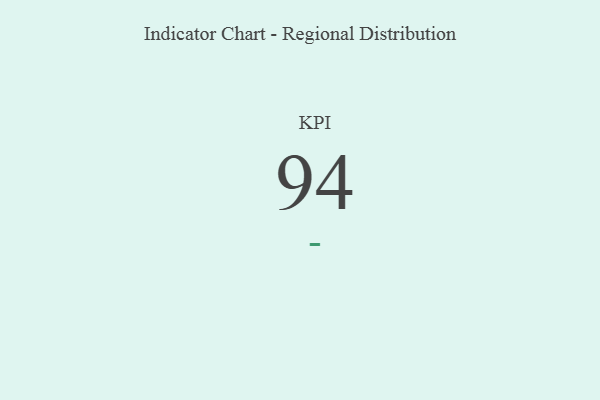
{"axis": {"x": "KPI", "y": "Value"}, "legend": [""], "data": [{"x": "KPI", "y": 94, "type": ""}]}